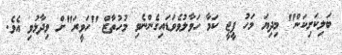
ބަލިކަށިކަން" މިދިޔަ މަހު ޕީޖީ ކަމާ ހަވާލުވެވަޑައިގެންނެވި މުހުތާޒް "ހަވީރަ"ށް ވިދާޅުވި އެވެ.